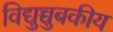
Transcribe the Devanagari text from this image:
विद्युच्चुबकीय